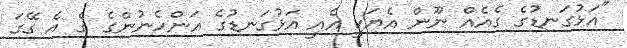
"އަޅުގަނޑުގެ ގެއެއް ނޫން އެޔަކީ އެއީ އަޅުގަނޑުގެ އަންހެނުންގެ ގެ އެ ގޭގަ